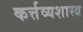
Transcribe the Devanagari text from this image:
कर्त्तव्यशास्त्र